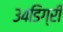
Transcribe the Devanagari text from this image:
३४डिग्री